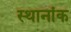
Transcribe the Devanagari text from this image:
स्थानांक